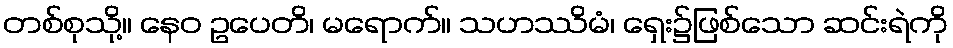
တစ်စုသို့။ နေဝ ဥပေတိ၊ မရောက်။ သဟဿိမံ၊ ရှေး၌ဖြစ်သော ဆင်းရဲကို